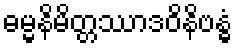
ဓမ္မနိမိတ္တဿာဒဝိနိဗန္ဓံ